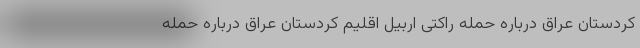
کردستان عراق درباره حمله راکتی اربیل اقلیم کردستان عراق درباره حمله